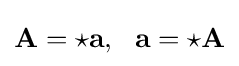
\mathbf {A} ={\star }\mathbf {a} ,\ \ \mathbf {a} ={\star }\mathbf {A}